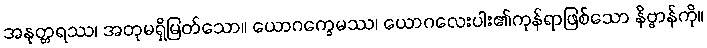
အနုတ္တရဿ၊ အတုမရှိမြတ်သော။ ယောဂက္ခေမဿ၊ ယောဂလေးပါး၏ကုန်ရာဖြစ်သော နိဗ္ဗာန်ကို။